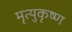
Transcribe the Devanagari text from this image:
मृत्युकृष्ण